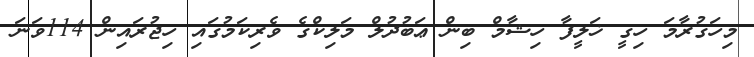
މިހަގުރާމަ ހިގީ ޚަލީފާ ހިޝާމް ބިން ޢަބުދުލް މަލިކްގެ ވެރިކަމުގައި ހިޖުރައިން 114ވަނަ